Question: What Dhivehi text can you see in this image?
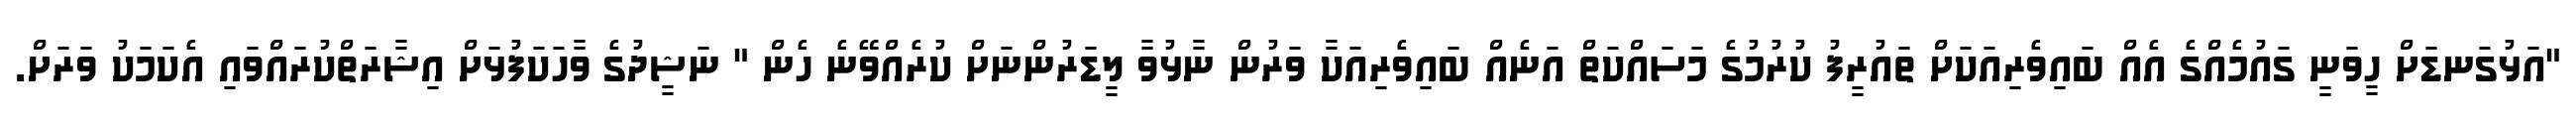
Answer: "އަޅުގަނޑަށް ހީވަނީ ގައުމެއްގެ އެއް ބައިވެރިއަކަށް ތައުރީފު ކުރުމުގެ މަސައްކަތް އަނެއް ބައިވެރިއަކާ ވަރުން ނާޅުވާ ލީޑަރުންނަށް ކުރެއްވޭނެ ހެން " ނަޝީދުގެ ވާހަކަފުޅަށް އިޝާރަތްކުރައްވައި އެކަމަކު ވަރަށް.